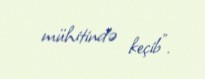
mühitində keçib”.